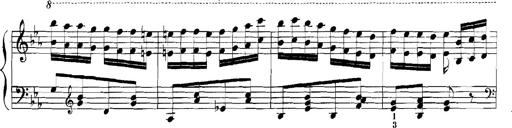
Title: Rhapsodies hongroises
Composer: Franz Liszt